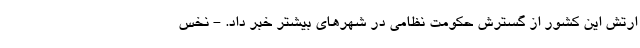
ارتش این کشور از گسترش حکومت نظامی در شهرهای بیشتر خبر داد. - نخس